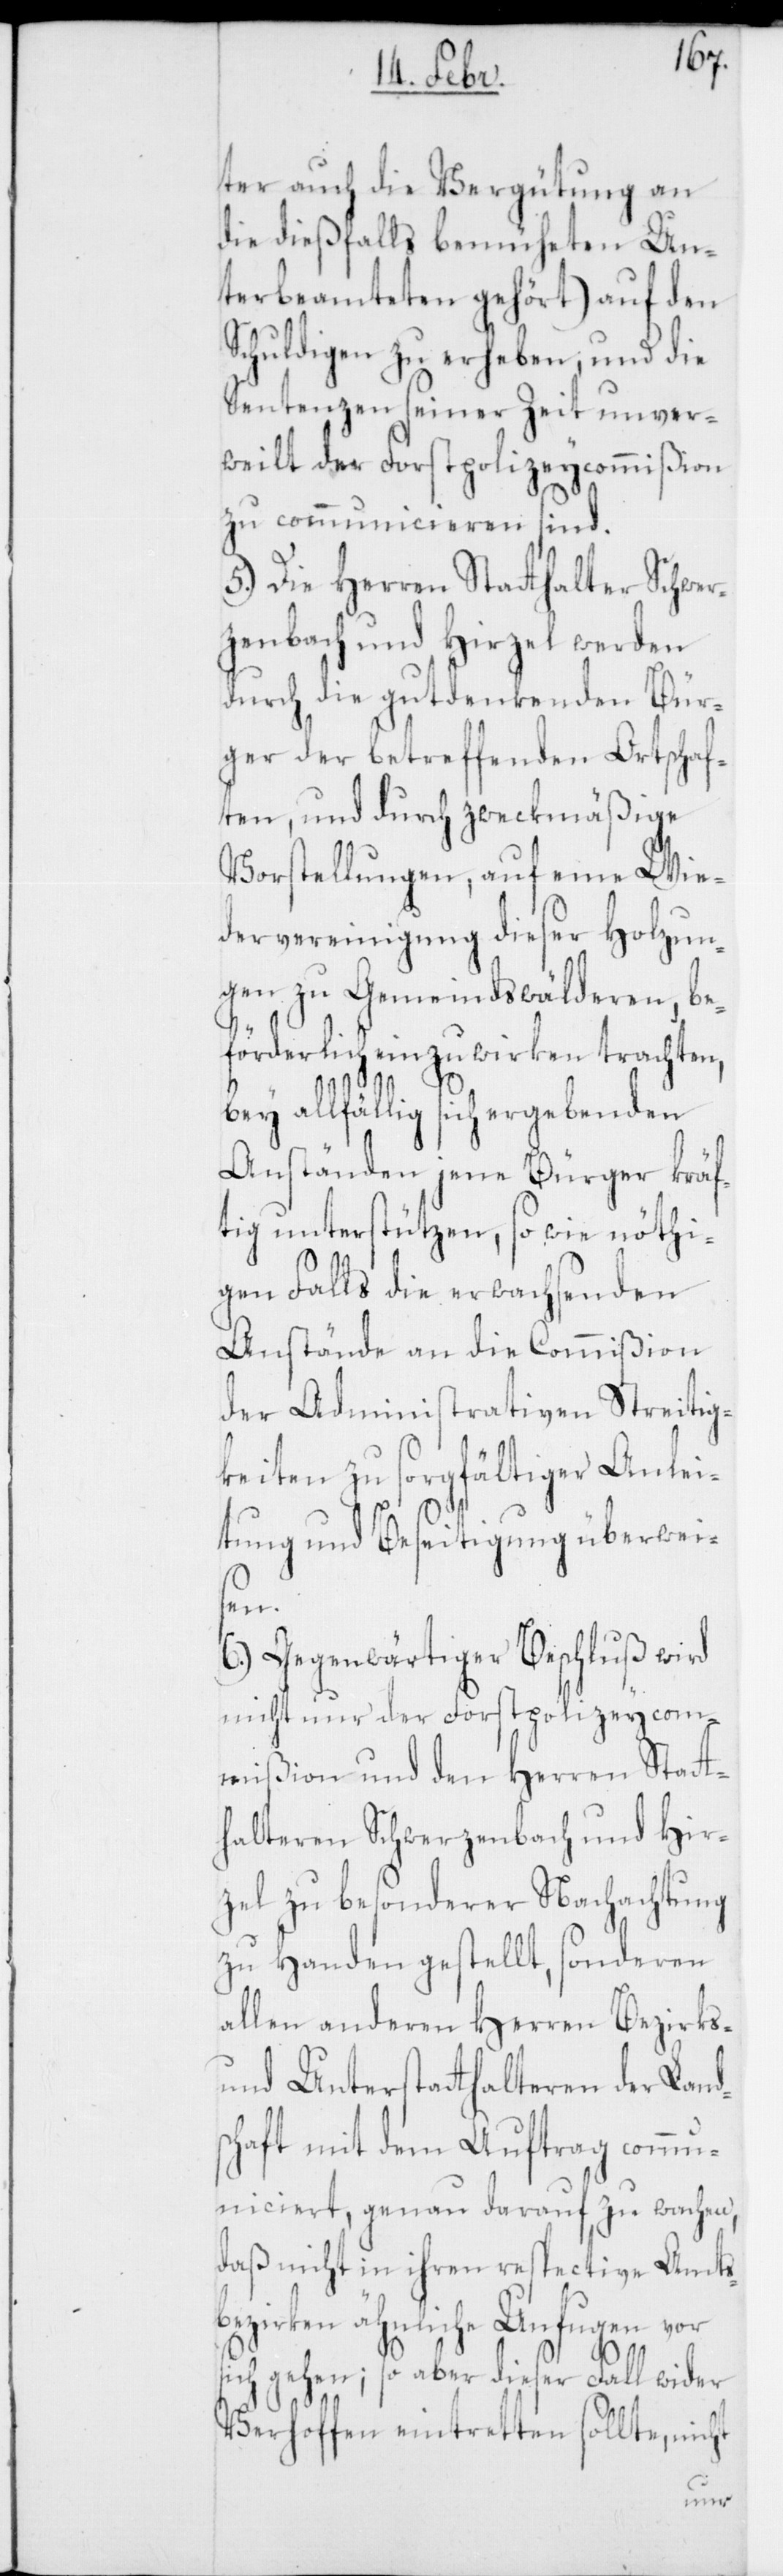
ter auch die Vergütung an
die dießfalls bemüheten Un¬
terbeamteten gehört) auf den
Schuldigen zu erheben, und die
Sentenzen seiner Zeit unver¬
weilt der Forstpolizeycommißion
zu communicieren sind.
5.) Die Herren Statthalter Schwer¬
zenbach und Hirzel werden
durch die gutdenkenden Bür¬
ger der betreffenden Ortschaf¬
ten, und durch zweckmäßige
Vorstellungen, auf eine Wie¬
dervereinigung dieser Holzun¬
gen zu Gemeindswälderen, be¬
förderlich einzuwirken trachten,
bey allfählig sich ergebenden
Anständen jene Bürger kräf¬
tig unterstützen, so wie nöthi¬
gen Falls die erwachsenden
Anstände an die Commißion
der administrativen Streitig¬
keiten zu sorgfältiger Anlei¬
tung und Beseitigung überweis¬
en.
6.) Gegenwärtiger Beschluß wird
nicht nur der Forstpolizeycom¬
mißion und den Herren Statt¬
halteren Schwerzenbach und Hir¬
zel zu besonderer Nachachtung
zu Handen gestellt, sondern
allen anderen Herren Bezirks-
und Unterstatthalteren der Lands¬
chaft mit dem Auftrag commu¬
niciert, genau darauf zu wachen,
daß nicht in ihren respective Amts¬
bezirken ähnliche Unfugen vor
sich gehen; so aber dieser Fall wider
Verhoffen eintretten sollte, nicht